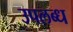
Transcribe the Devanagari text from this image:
उपलब्ध्‍ा